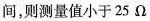
间，则测量值小于25Ω